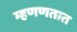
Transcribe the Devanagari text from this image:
म्हणणतात